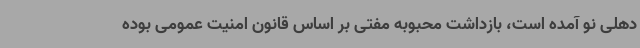
دهلی نو آمده است، بازداشت محبوبه مفتی بر اساس قانون امنیت عمومی بوده